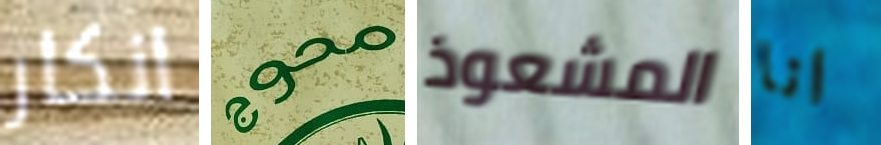
انكار محوج المشعوذ انا